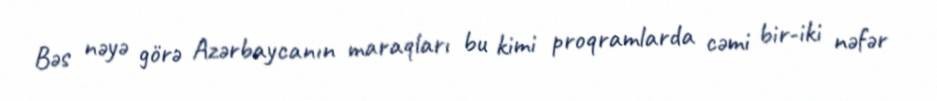
Bəs nəyə görə Azərbaycanın maraqları bu kimi proqramlarda cəmi bir-iki nəfər